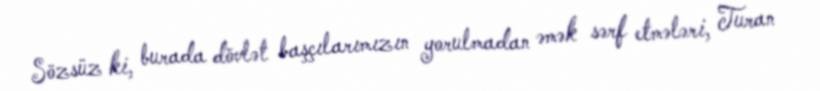
Sözsüz ki, burada dövlət başçılarımızın yorulmadan əmək sərf etmələri, Turan